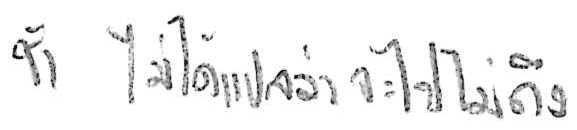
ช้า ไม่ได้แปลว่า จะไปไม่ถึง